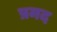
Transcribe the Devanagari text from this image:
प्रमद